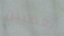
تغضبين